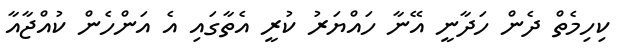
ކިހިމެތް ދެން ހަދާނީ އޭނާ ހައްޔަރު ކުރީ އެތާގައި އެ އަންހެން ކުއްޖާއާ